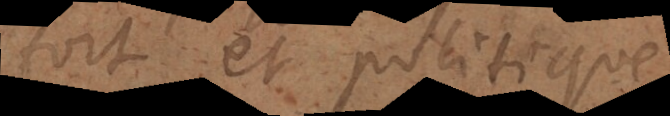
fort et politique